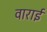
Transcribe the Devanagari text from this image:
वाराई